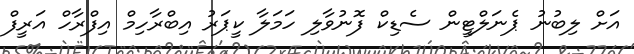
އަށް ލިބުނު ޕެނަލްޓީން ސެޑިކް ފޮނުވާލި ހަމަލާ ކީޕަރު އިބްރާހިމް އިފްރާހް އަރީފް